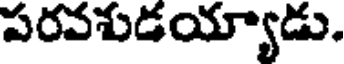
పరవశుడయ్యాడు.